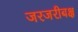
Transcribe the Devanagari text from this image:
जरजरीबक्ष